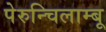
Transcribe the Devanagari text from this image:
पेरुन्चिलाम्बू